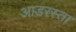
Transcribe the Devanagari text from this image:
आडरस्ता